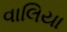
વાલિયા